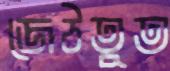
জেঠতুত